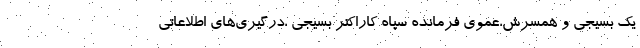
یک بسیجی و همسرش،عموی فرمانده سپاه کاراکتر بسیجی ،درگیری‌های اطلاعاتی